Oriental or Dehli sore - Number 13
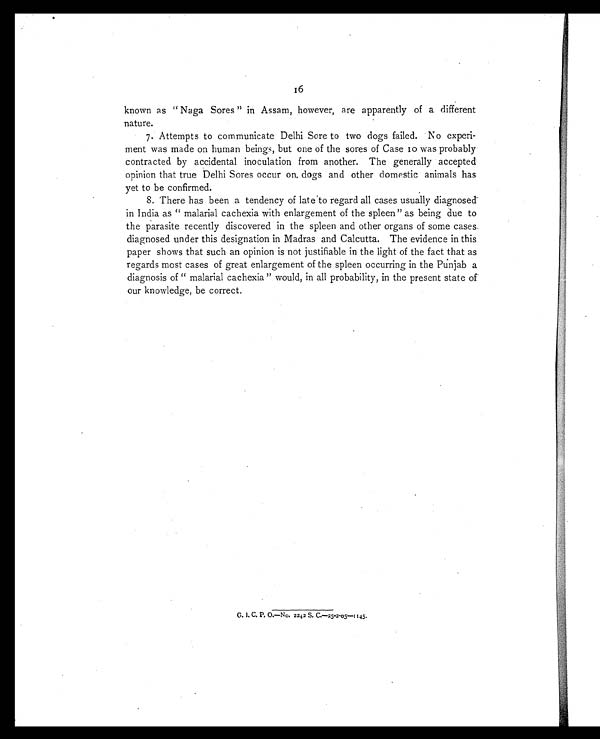
16
known as "Naga Sores" in Assam, however, are apparently of a different
nature.
7. Attempts to communicate Delhi Sore to two dogs failed. No experi-
ment was made on human beings, but one of the sores of Case 10 was probably
contracted by accidental inoculation from another. The generally accepted
opinion that true Delhi Sores occur on dogs and other domestic animals has
yet to be confirmed.
8. There has been a tendency of late to regard all cases usually diagnosed
in India as "malarial cachexia with enlargement of the spleen" as being due to
the parasite recently discovered in the spleen and other organs of some cases
diagnosed under this designation in Madras and Calcutta. The evidence in this
paper shows that such an opinion is not justifiable in the light of the fact that as
regards most cases of great enlargement of the spleen occurring in the Punjab a
diagnosis of "malarial cachexia" would, in all probability, in the present state of
our knowledge, be correct.
9.
G. I. C. P. O.—No. 2242 S. C.—25-2-05—1145.